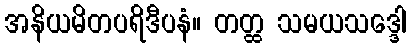
အနိယမိတပရိဒီပနံ။ တတ္ထ သမယသဒ္ဒေါ